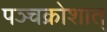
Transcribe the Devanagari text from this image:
पञ्चक्रोशात्